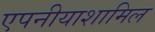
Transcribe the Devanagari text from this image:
एपनीयाशामिल